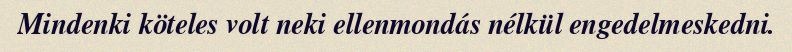
Mindenki köteles volt neki ellenmondás nélkül engedelmeskedni.